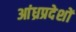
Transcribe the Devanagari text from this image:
आंध्रप्रदेशों